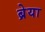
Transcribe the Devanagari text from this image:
ब्रेया